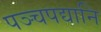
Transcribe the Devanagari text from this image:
पञ्चपद्यानि